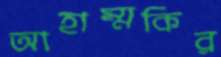
আহাম্মকির